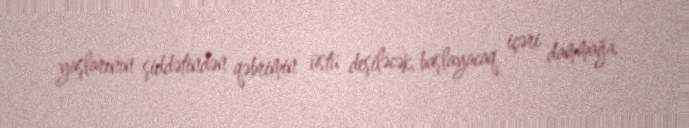
yaşlarının şiddətindən qəbrimin üstü deşiləcək, başlayacaq içəri dammağa.